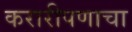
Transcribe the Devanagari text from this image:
करारीपणाचा